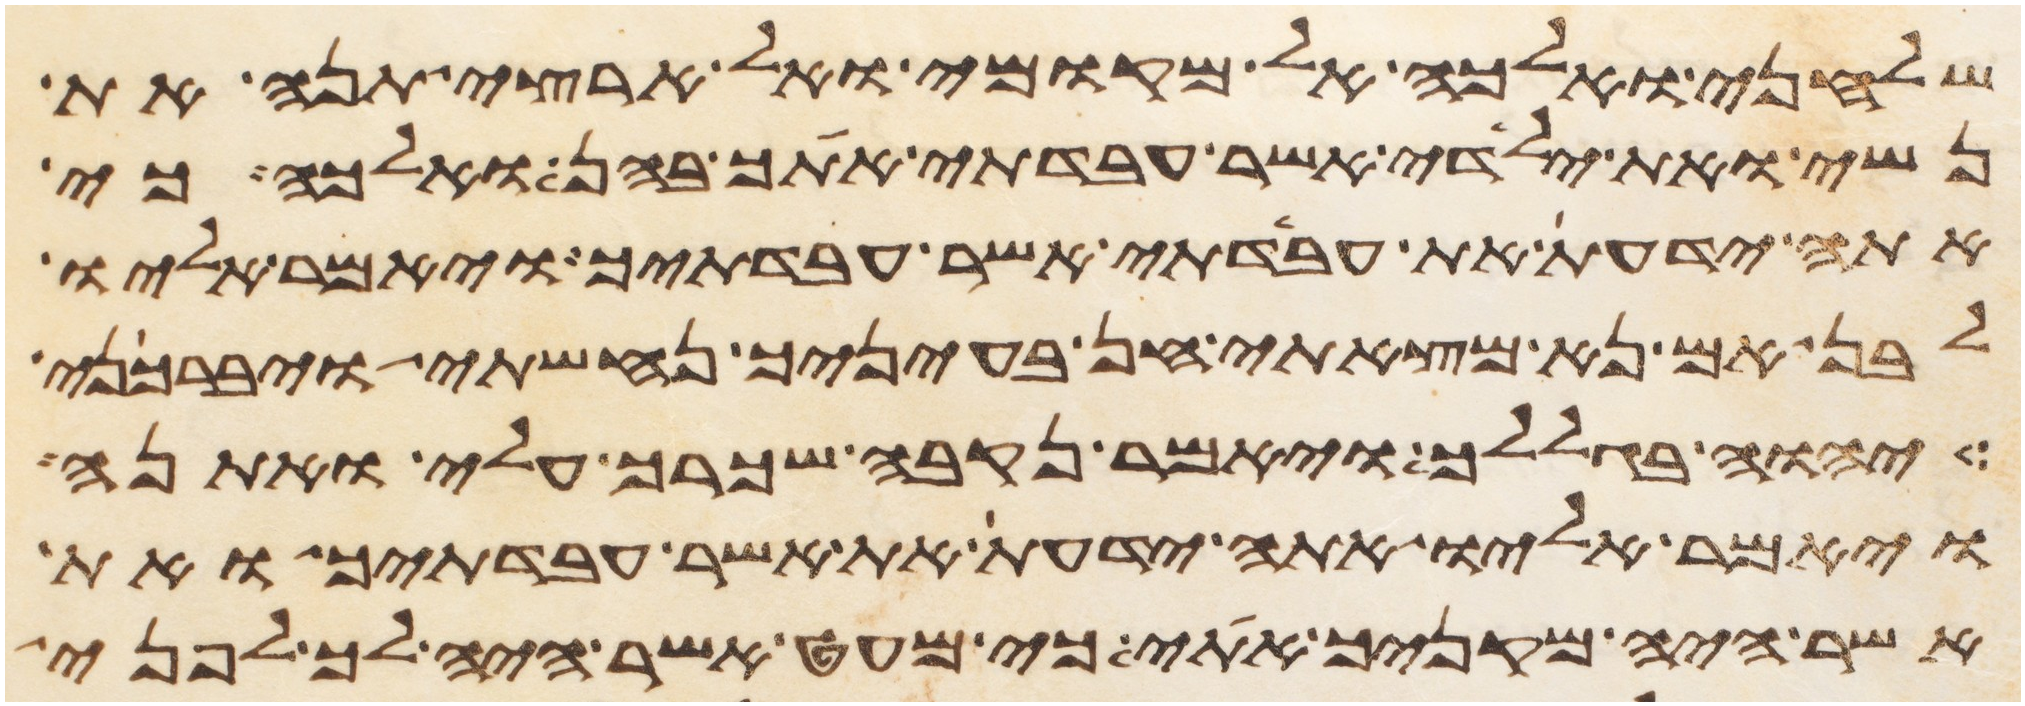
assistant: שלחני ואלכה אל מקומי ואל ארצי תנה את
נשי ואת ילדי אשר עבדתי אתך בהן ואלכה כי
אתה ידעת את עבדתי אשר עבדתיך ויאמר אליו
לבן אם נא מצאתי חן בעיניך נחשתי ויברכני
יהוה בגללך ויאמר נקבה שכרך עלי ואתנה
ויאמר אליו אתה ידעת את אשר עבדתיך ואת
אשר היה מקניך אתי כי מעט אשר היה לך לפני